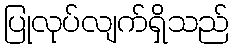
ပြုလုပ်လျက်ရှိသည်